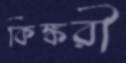
কিঙ্করী